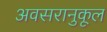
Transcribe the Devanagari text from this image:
अवसरानुकूल